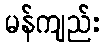
မန်ကျည်း